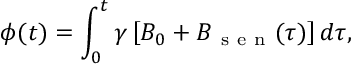
\phi ( t ) = \int _ { 0 } ^ { t } \gamma \left[ B _ { 0 } + B _ { \mathrm { ~ s ~ e ~ n ~ } } ( \tau ) \right] d \tau ,